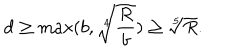
d \geq \max ( b , \sqrt [ [object Object] ] ] { \frac { R } { b } } ) \geq \sqrt [ [object Object] ] ] { R } .